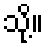
သို့။